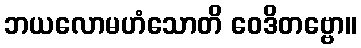
ဘယလောမဟံသောတိ ဝေဒိတဗ္ဗော။